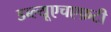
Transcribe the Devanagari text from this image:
डब्ल्यूएचएफ़टी